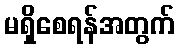
မရှိစေရန်အတွက်